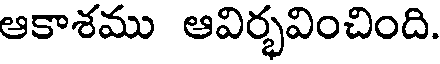
ఆకాశము ఆవిర్భవించింది.